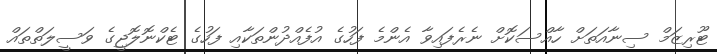
ޓޫރިޒަމް ސިނާއަތަށް ހާއްސަކޮށް ނެރެފައިވާ އެންމެ ފަހުގެ އުފެއްދުންތަކާއި ފަހުގެ ޓެކްނޮލޮޖީގެ ވަސީލަތްތައް